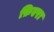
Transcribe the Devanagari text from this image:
फ़िएरा